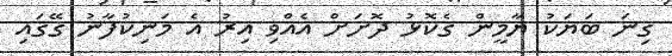
ގިނަ ބަޔަކު ޔާމީން ގެކޮޅު ދޮށަށް އެއްވި އިރު އެ މަނިކުފާނު ގޭގައި